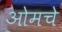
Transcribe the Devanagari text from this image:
ओमचे